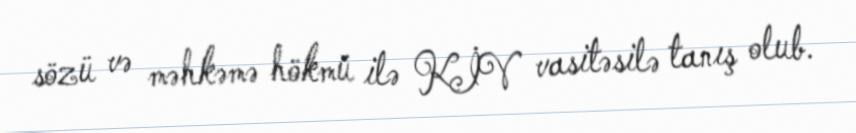
sözü və məhkəmə hökmü ilə KİV vasitəsilə tanış olub.